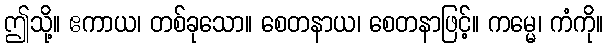
ဤသို့။ ဧကာယ၊ တစ်ခုသော။ စေတနာယ၊ စေတနာဖြင့်။ ကမ္မေ၊ ကံကို။